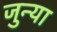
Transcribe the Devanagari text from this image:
जुन्‍या